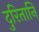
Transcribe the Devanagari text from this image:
दुरितानि